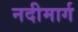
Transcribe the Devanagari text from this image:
नदीमार्ग